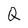
Character: Q